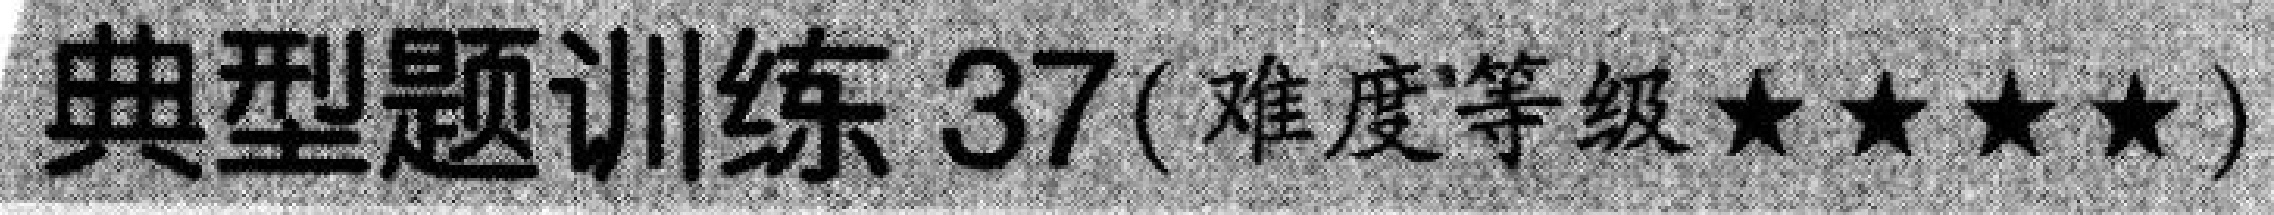
典型题训练 37(难度等级\(\star\star\star\star\))